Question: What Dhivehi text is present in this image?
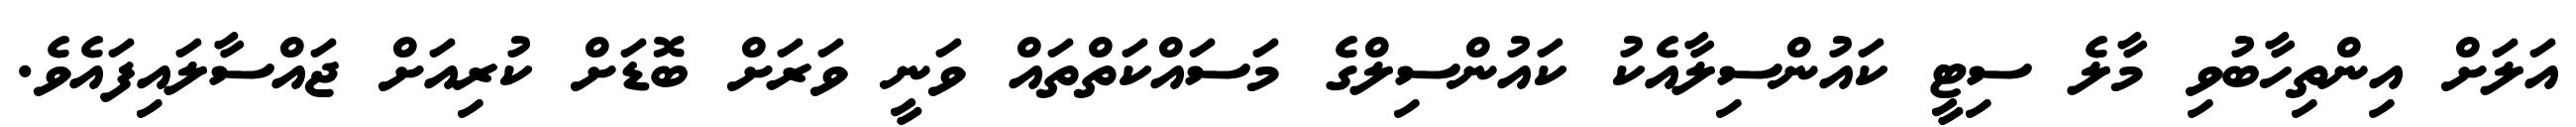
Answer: އަލަށް އިންތިހާބުވި މާލެ ސިޓީ ކައުންސިލާއެކު ކައުންސިލްގެ މަސައްކަތްތައް ވަނީ ވަރަށް ބޮޑަށް ކުރިއަށް ޖައްސާލައިފައެވެ.